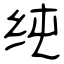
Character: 纯